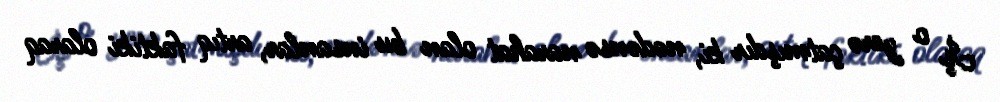
İş o yerə çatmışdır ki, nədənsə narahat olan bu insanlar, artıq faktiki olaraq